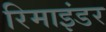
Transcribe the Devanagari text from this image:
रिमाइंडर